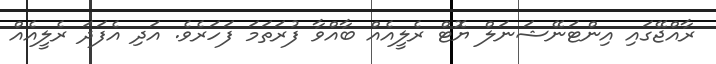
ރާއްޖޭގައި އިންޓަނޭޝަނަލް ޔޮޓް ރެލީއެއް ބާއްވާ ފުރަތަމަ ފަހަރެވެ. އަދި އެފަދަ ރެލީއެއް